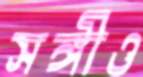
সঙ্গীও